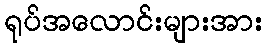
ရုပ်အလောင်းများအား